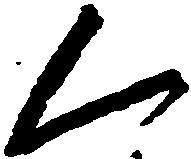
く